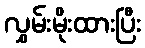
လွှမ်းမိုးထားပြီး